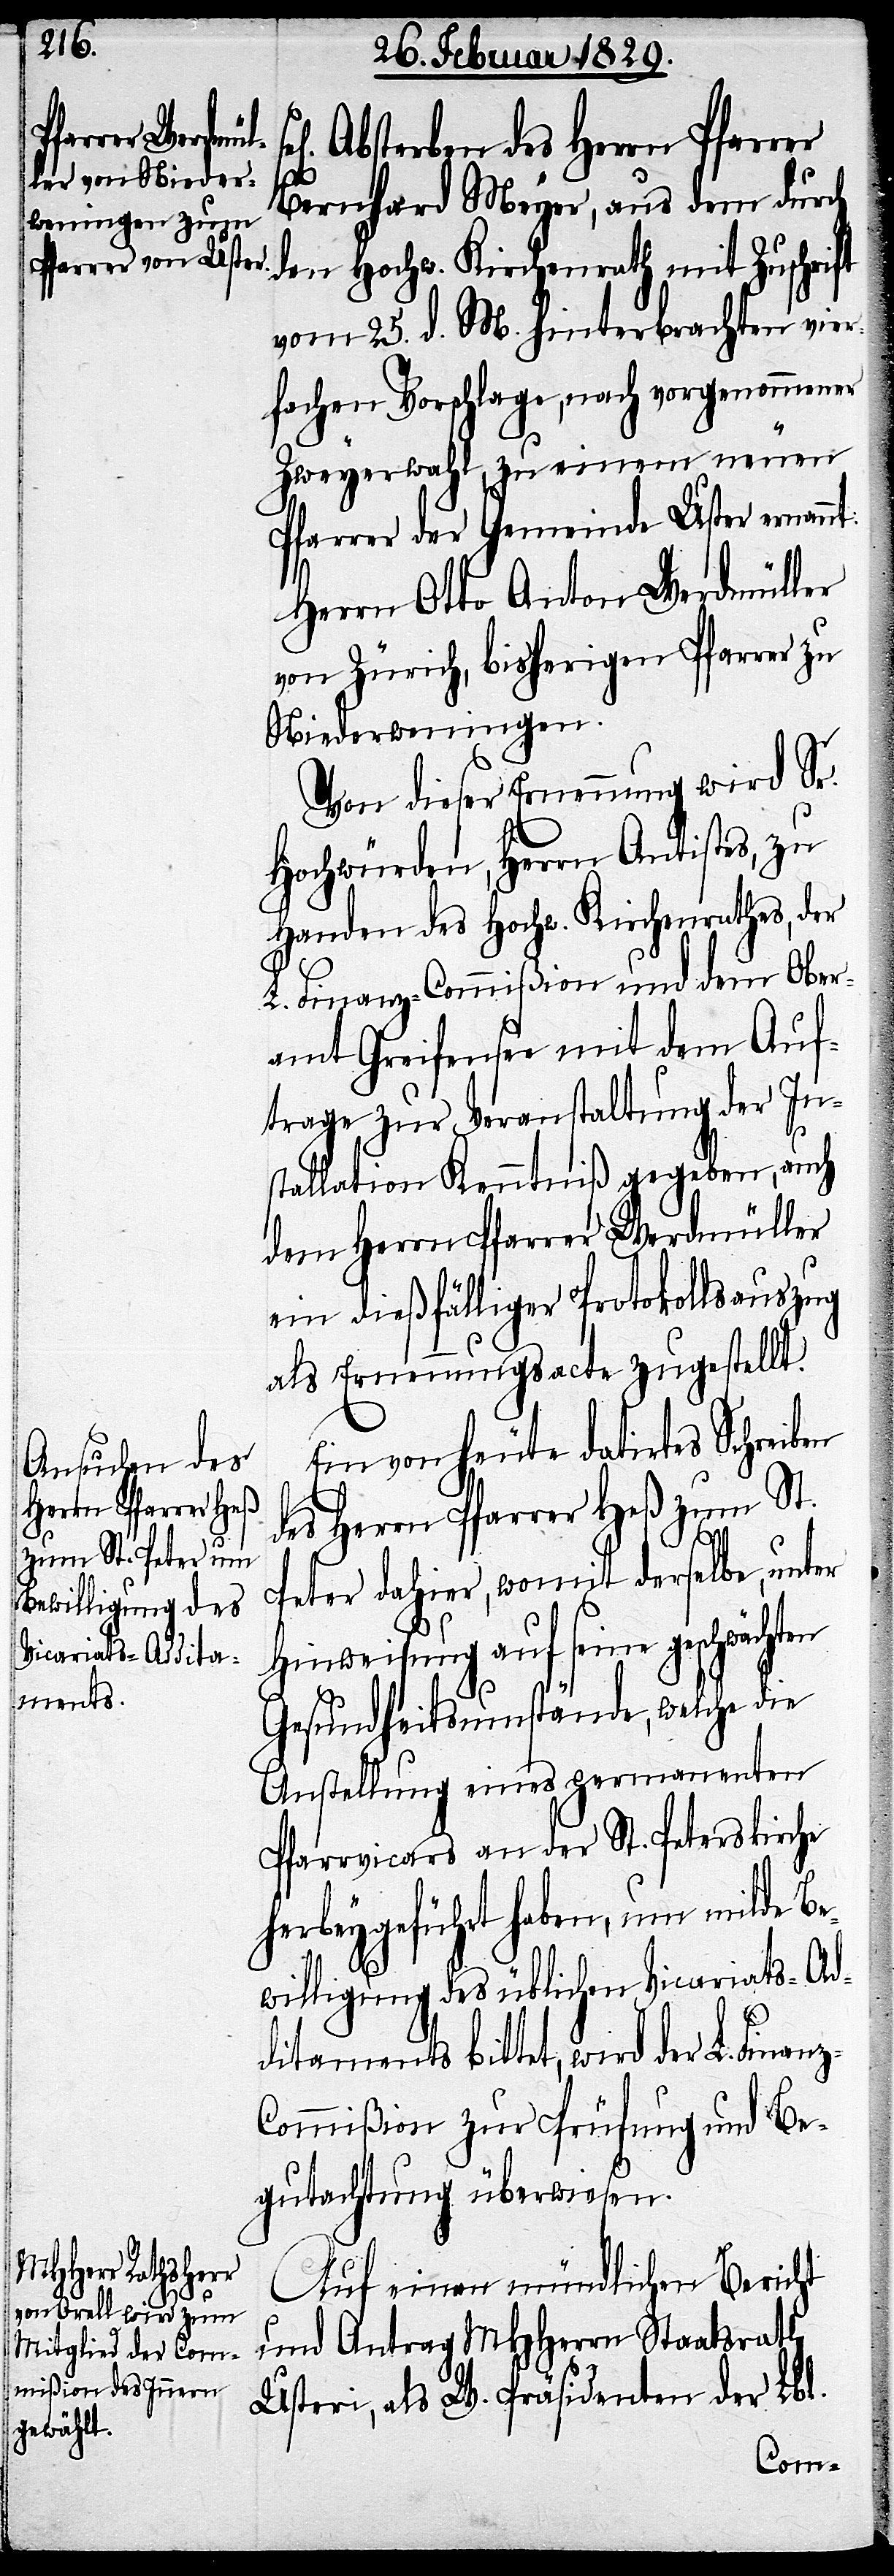
Absterben des Herrn Pfarrer
Bernhard Meyer, aus dem durch
den Hochw. Kirchenrath mit Zuschrift
vom 25. d. M. hinterbrachten vier¬
fachen Vorschlage, nach vorgenommener
Zweyerwahl, zu einem neuen
Pfarrer der Gemeinde Uster ernannt:
Herrn Otto Anton Werdmüller
von Zürich, bisherigen Pfarrer zu
Niederweningen.
Von dieser Ernennung wird Sr.
Hochwürden, Herrn Antistes, zu
Handen des Hochw. Kirchenrathes, der
L. Finanz-Commißion und dem Ober¬
amt Greifensee mit dem Auf¬
trage zur Veranstaltung der In¬
stallation Kenntniß gegeben, auch
dem Herrn Pfarrer Werdmüller
ein dießfälliger Protokollsauszug
als Ernennungsacte zugestellt.
Ein von heute datirtes Schreiben
des Herrn Pfarrer Heß zum St.
Peter dahier, womit derselbe, unter
Hinweisung auf seine geschwächten
Gesundheitsumstände, welche die
Anstellung eines permanenten
Pfarrvicars an der St. Peterskirche
herbeygeführt haben, um milde Be¬
willigung des üblichen Vicariats-Ad¬
ditaments bittet, wird der L. Finan¬
ommißion zur Prüfung und Be¬
gutachtung überwiesen.
Auf einen mündlichen Bericht
und Antrag MHHerrn Staatsrath
Usteri, als W. Präsidenten der Lbl.
z-C¬